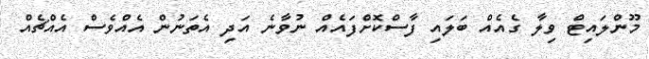
މޫންލައިޓް ވިލާ ގެއެއް ބަލައި ފާސްކޮށްފައެއް ނުވާނެ އަދި އެތަނުން އެއްވެސް އެއްޗެއް